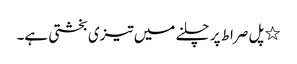
٭ پل صراط پر چلنے میں تیزی بخشتی ہے۔